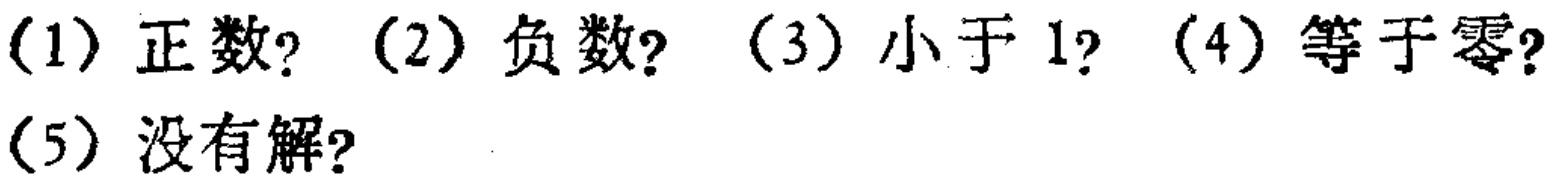
(1) 正数?  (2) 负数?  (3) 小于 1?  (4) 等于零?
(5) 没有解?